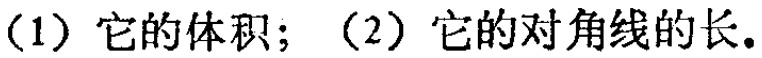
（1）它的体积；（2）它的对角线的长.